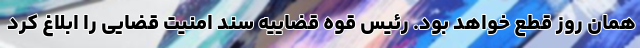
همان روز قطع خواهد بود. رئیس قوه قضاییه سند امنیت قضایی را ابلاغ کرد